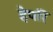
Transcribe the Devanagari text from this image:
हेपरि